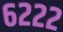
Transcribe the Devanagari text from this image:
६२२२